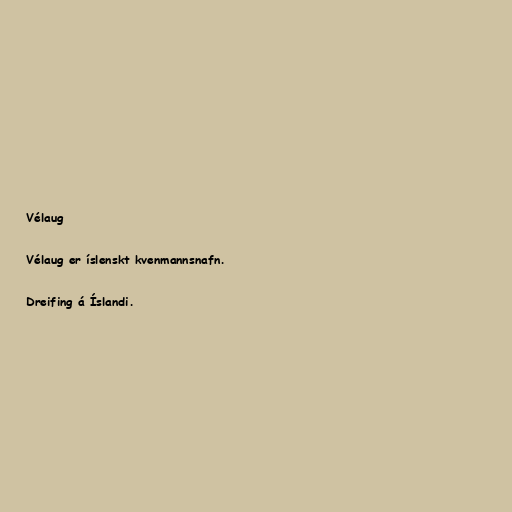
Vélaug

Vélaug er íslenskt kvenmannsnafn.

Dreifing á Íslandi.